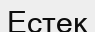
Естек